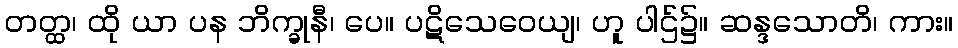
တတ္ထ၊ ထို ယာ ပန ဘိက္ခုနီ၊ ပေ။ ပဋိသေဝေယျ၊ ဟူ ပါဌ်၌။ ဆန္ဒသောတိ၊ ကား။